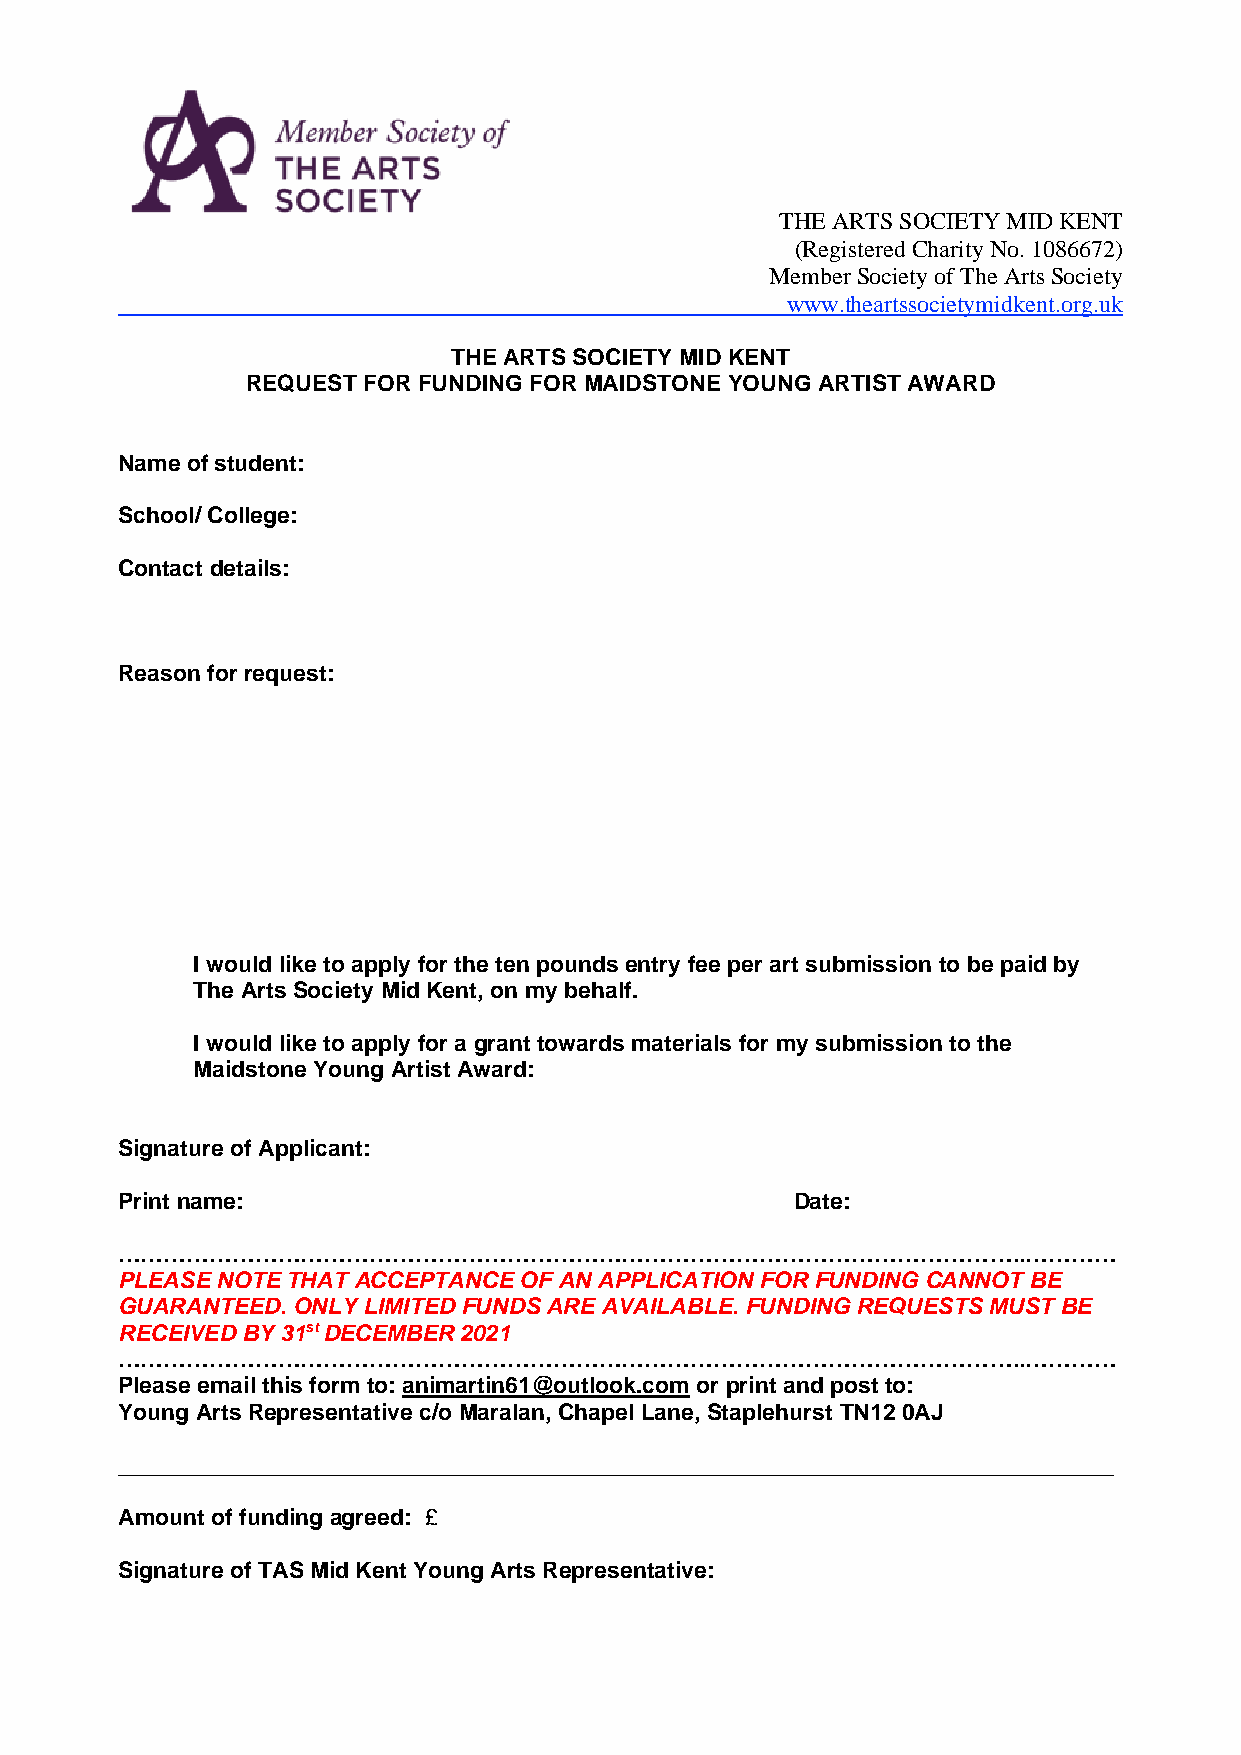
THE ARTS SOCIETY MID KENT
 (Registered Charity No. 1086672)
 Member Society of The Arts Society
 www.theartssocietymidkent.org.uk
 THE ARTS SOCIETY MID KENT
 REQUEST FOR FUNDING FOR MAIDSTONE YOUNG ARTIST AWARD
 Name of student:
 School/ College:
 Contact details:
 Reason for request:
 I would like to apply for the ten pounds entry fee per art submission to be paid by
 The Arts Society Mid Kent, on my behalf.
 I would like to apply for a grant towards materials for my submission to the
 Maidstone Young Artist Award:
 Signature of Applicant:
 Print name:                                  Date:
 ………………………………………………………………………………………………………..…………
 PLEASE NOTE THAT ACCEPTANCE OF AN APPLICATION FOR FUNDING CANNOT BE
 GUARANTEED. ONLY LIMITED FUNDS ARE AVAILABLE. FUNDING REQUESTS MUST BE
 RECEIVED BY 31st DECEMBER 2021
 ………………………………………………………………………………………………………..…………
 Please email this form to: animartin61@outlook.com or print and post to:
 Young Arts Representative c/o Maralan, Chapel Lane, Staplehurst TN12 0AJ
 ______________________________________________________________________________
 Amount of funding agreed: £
 Signature of TAS Mid Kent Young Arts Representative: